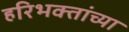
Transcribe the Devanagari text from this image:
हरिभक्तांच्या